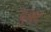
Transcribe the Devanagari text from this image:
दुज़्द